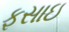
ફસાઇ